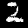
Label: 2